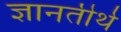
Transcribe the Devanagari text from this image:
ज्ञानतीर्थ